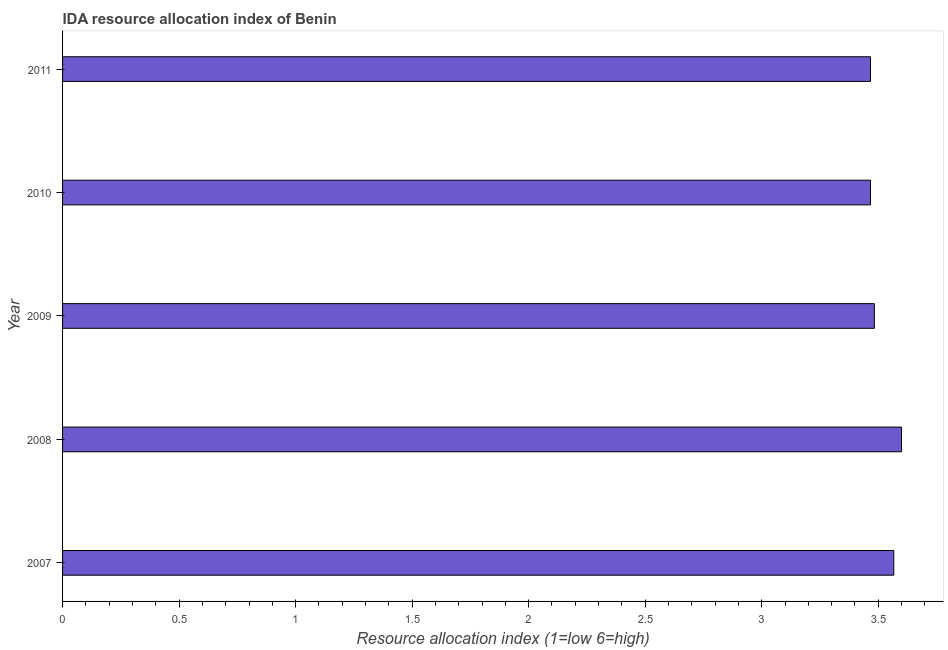
| Year | IDA resource allocation index |
 | --- | --- |
 | 2007 | 3.57 |
 | 2008 | 3.6 |
 | 2009 | 3.48 |
 | 2010 | 3.47 |
 | 2011 | 3.47 |